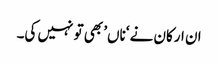
ان ارکان نے ‘ناں’ بھی تو نہیں کی۔